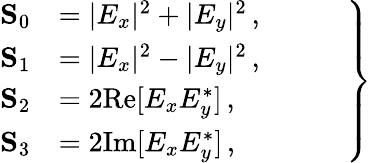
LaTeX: \left.\begin{array}{rl}{\mathbf{S}_{0}}&{=|E_{x}|^{2}+|E_{y}|^{2}\, ,\phantom{ZZZZ}}\\ {\mathbf{S}_{1}}&{=|E_{x}|^{2}-|E_{y}|^{2}\, ,}\\ {\mathbf{S}_{2}}&{=2\mathrm{Re}[E_{x}E_{y}^{\ast}]\, ,}\\ {\mathbf{S}_{3}}&{=2\mathrm{Im}[E_{x}E_{y}^{\ast}]\, ,}\end{array}\right\}